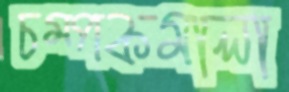
চম্পকমালা